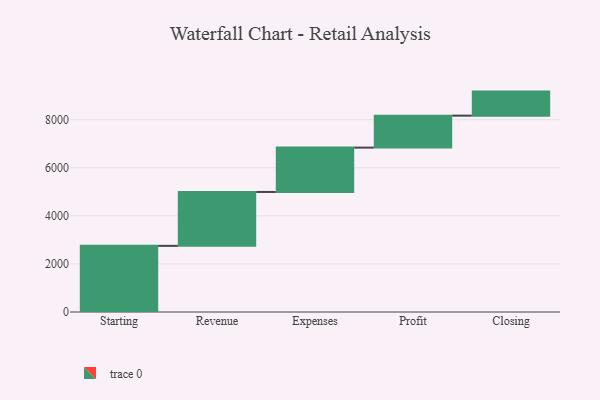
{"axis": {"x": "Step", "y": "Value"}, "legend": [""], "data": [{"x": "Starting", "y": 2752.0, "type": ""}, {"x": "Revenue", "y": 2242.0, "type": ""}, {"x": "Expenses", "y": 1845.0, "type": ""}, {"x": "Profit", "y": 1330.0, "type": ""}, {"x": "Closing", "y": 1000, "type": ""}]}